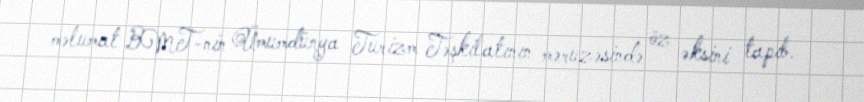
məlumat BMT-nin Ümumdünya Turizm Təşkilatının məruzəsində öz əksini tapıb.